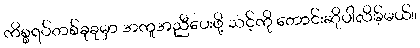
ကိစ္စရပ်တစ်ခုခုမှာ အကူအညီပေးဖို့ သင့်ကို တောင်းဆိုပါလိမ့်မယ်။